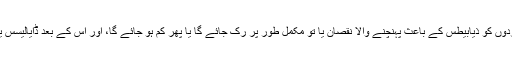
امید کی جا رہی ہے کہ دوا کے انجیکشن سے گردوں کو ذیابیطس کے باعث پہنچنے والا نقصان یا تو مکمل طور پر رک جائے گا یا پھر کم ہو جائے گا، اور اس کے بعد ڈایالیسس یا ٹرانسپلانٹ کرنے کی ضرورت نہیں پڑے گی۔